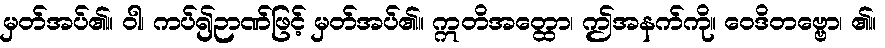
မှတ်အပ်၏။ ဝါ၊ ကပ်၍ဉာဏ်ဖြင့် မှတ်အပ်၏။ ဣတိအတ္ထော၊ ဤအနက်ကို။ ဝေဒိတဗ္ဗော၊ ၏။